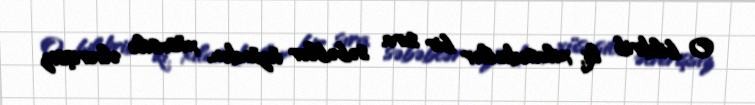
O bildirib ki, xilasedicilər bir sıra səbəblər üzündən, xüsusilə əlverişsiz